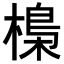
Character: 𣘖